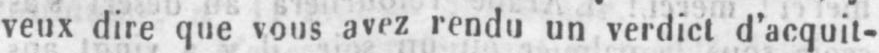
veux dire que vous avez rendu un verdict d’acquit-